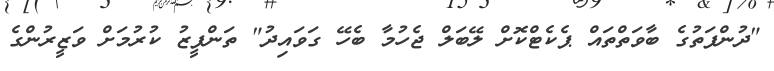
"ދުންފަތުގެ ބާވަތްތައް ޕެކެޓްކޮށް ލޭބަލް ޖެހުމާ ބެހޭ ގަވައިދު" ތަންފީޒު ކުރުމަށް ވަޒީރުންގެ